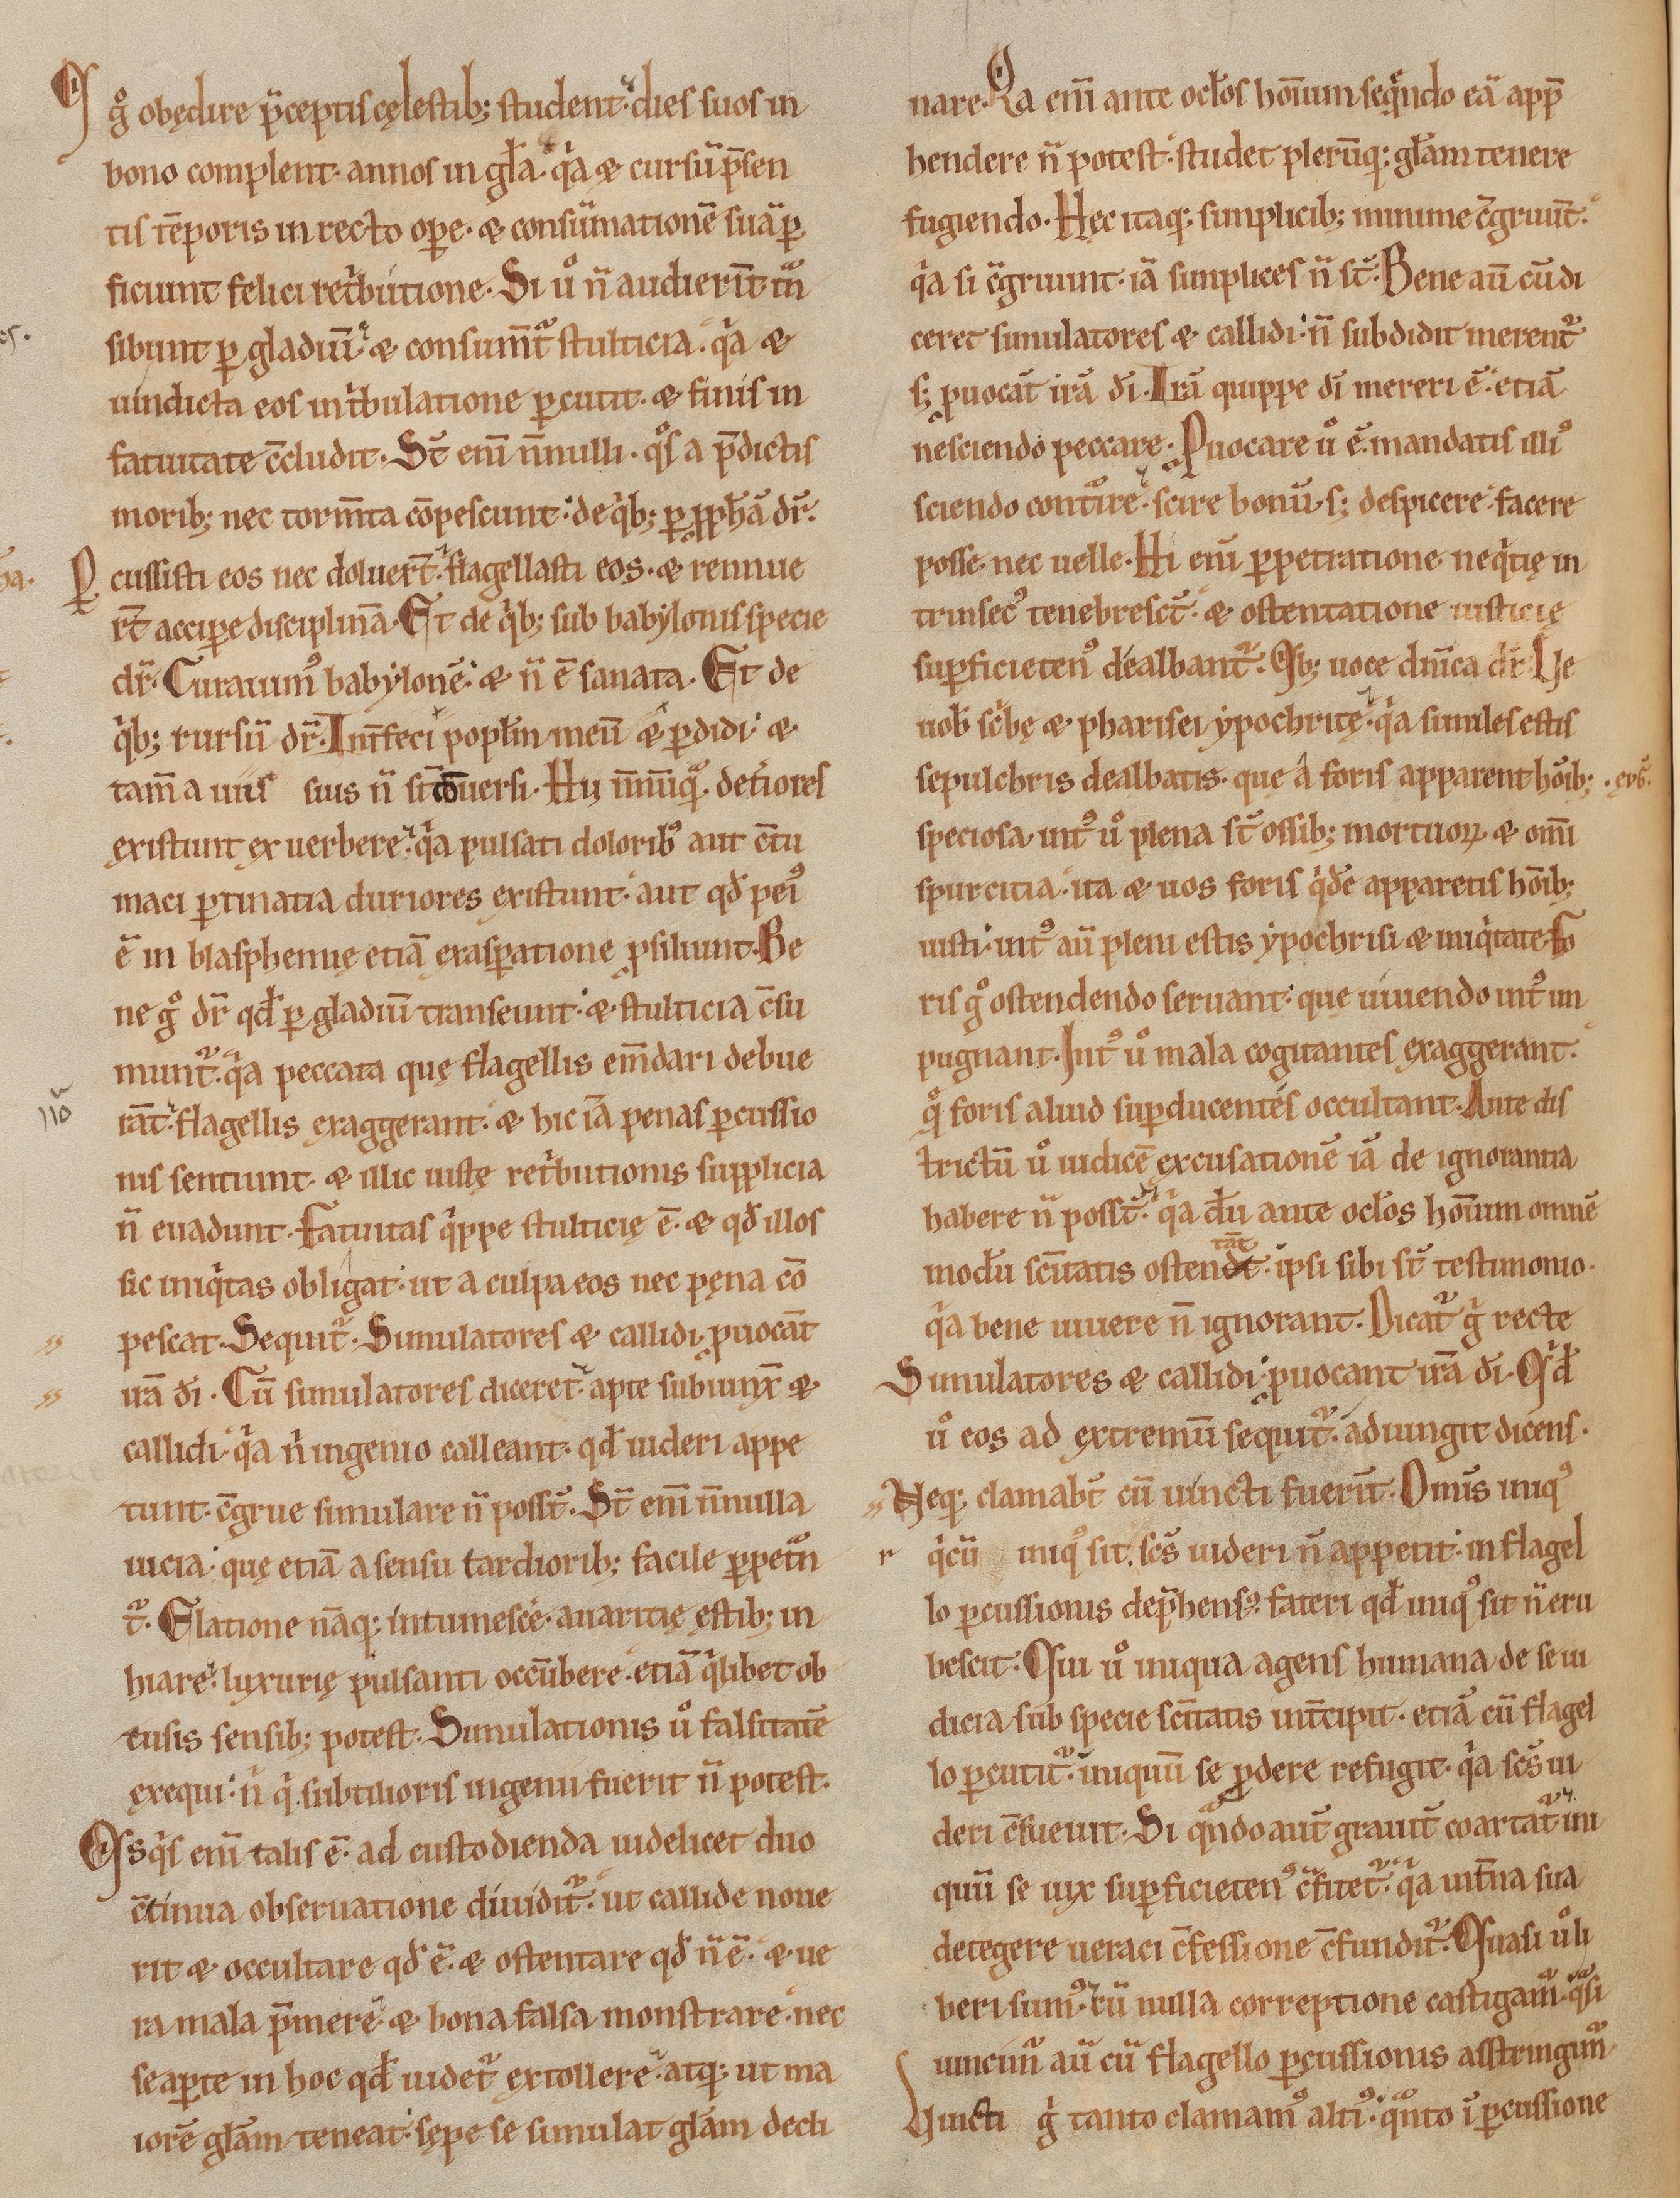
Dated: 1170–1199